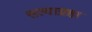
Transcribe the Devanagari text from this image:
सत्याग्रहा